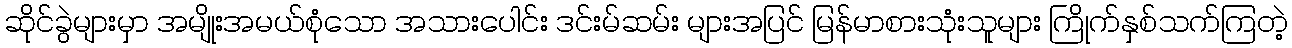
ဆိုင်ခွဲများမှာ အမျိုးအမယ်စုံသော အသားပေါင်း ဒင်းမ်ဆမ်း များအပြင် မြန်မာစားသုံးသူများ ကြိုက်နှစ်သက်ကြတဲ့